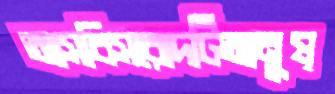
আসবিসরোদটিআনুষ্